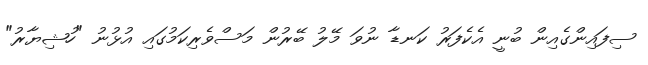
ސިފައިންގެއިން ބުނީ އެކެފަރު ކަނޑާ ނުވަ މޭލު ބޭރުން މަސްވެރިކަމުގައި އުޅުނު "ހުޝިޔާރު"